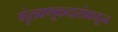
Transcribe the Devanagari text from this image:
गुंतवणूकदारांकडून